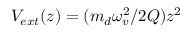
V _ { e x t } ( z ) = ( m _ { d } \omega _ { v } ^ { 2 } / 2 Q ) z ^ { 2 }